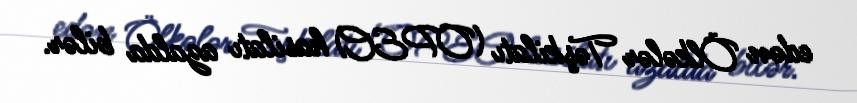
edən Ölkələr Təşkilatı (OPEC) hasilatı azalda bilər.